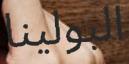
البولينا